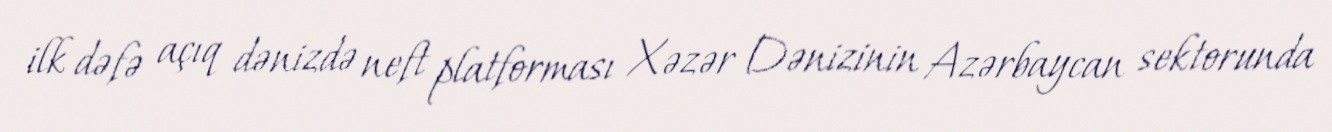
ilk dəfə açıq dənizdə neft platforması Xəzər Dənizinin Azərbaycan sektorunda